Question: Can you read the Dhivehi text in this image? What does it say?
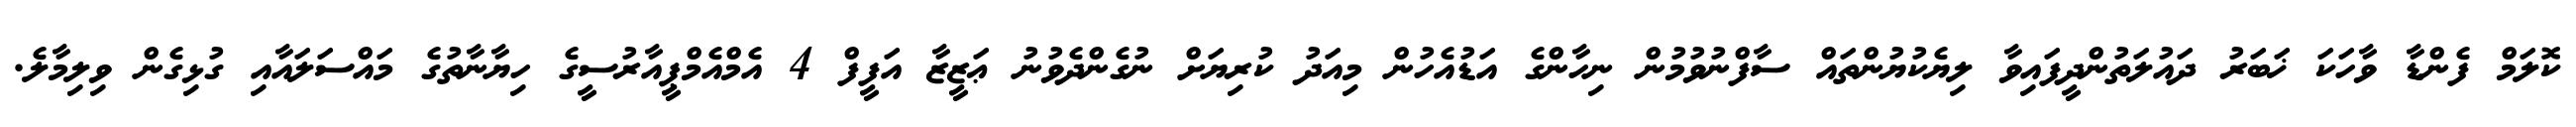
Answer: ކޮލަމް ފެންޑާ ވާހަކަ ޚަބަރު ދައުލަތުންދީފައިވާ ލިޔެކުޔުންތައް ސާފްނުވުމުން ނިހާންގެ އަޑުއެހުން މިއަދު ކުރިޔަށް ނުގެންދެވުނު ޢަޒީޒާ އަފީފް 4 އެމްއެމްޕީއާރުސީގެ ހިޔާނާތުގެ މައްސަލައާއި ގުޅިގެން ވިލިމާލެ.